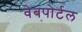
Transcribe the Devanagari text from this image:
वेबपोर्टल